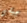
جيشي